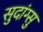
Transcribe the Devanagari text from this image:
सुदांग्सु